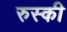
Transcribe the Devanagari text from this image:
रुस्की